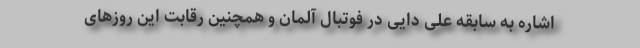
اشاره به سابقه علی دایی در فوتبال آلمان و همچنین رقابت این روزهای